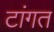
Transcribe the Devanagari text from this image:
टांगत